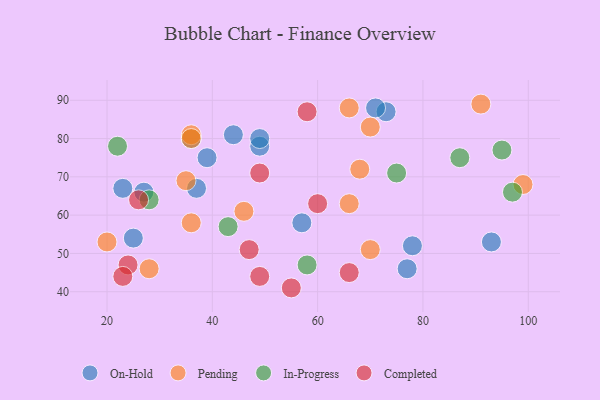
{"axis": {"x": "GDP", "y": "Life Expectancy"}, "legend": ["Completed", "In-Progress", "On-Hold", "Pending"], "data": [{"x": "23", "y": 67, "type": "On-Hold"}, {"x": "57", "y": 58, "type": "On-Hold"}, {"x": "73", "y": 87, "type": "On-Hold"}, {"x": "93", "y": 53, "type": "On-Hold"}, {"x": "39", "y": 75, "type": "On-Hold"}, {"x": "36", "y": 80, "type": "On-Hold"}, {"x": "78", "y": 52, "type": "On-Hold"}, {"x": "49", "y": 78, "type": "On-Hold"}, {"x": "27", "y": 66, "type": "On-Hold"}, {"x": "44", "y": 81, "type": "On-Hold"}, {"x": "37", "y": 67, "type": "On-Hold"}, {"x": "77", "y": 46, "type": "On-Hold"}, {"x": "25", "y": 54, "type": "On-Hold"}, {"x": "49", "y": 80, "type": "On-Hold"}, {"x": "71", "y": 88, "type": "On-Hold"}, {"x": "68", "y": 72, "type": "Pending"}, {"x": "99", "y": 68, "type": "Pending"}, {"x": "36", "y": 58, "type": "Pending"}, {"x": "66", "y": 63, "type": "Pending"}, {"x": "20", "y": 53, "type": "Pending"}, {"x": "36", "y": 81, "type": "Pending"}, {"x": "28", "y": 46, "type": "Pending"}, {"x": "70", "y": 83, "type": "Pending"}, {"x": "36", "y": 80, "type": "Pending"}, {"x": "66", "y": 88, "type": "Pending"}, {"x": "70", "y": 51, "type": "Pending"}, {"x": "46", "y": 61, "type": "Pending"}, {"x": "91", "y": 89, "type": "Pending"}, {"x": "35", "y": 69, "type": "Pending"}, {"x": "22", "y": 78, "type": "In-Progress"}, {"x": "87", "y": 75, "type": "In-Progress"}, {"x": "97", "y": 66, "type": "In-Progress"}, {"x": "95", "y": 77, "type": "In-Progress"}, {"x": "28", "y": 64, "type": "In-Progress"}, {"x": "58", "y": 47, "type": "In-Progress"}, {"x": "43", "y": 57, "type": "In-Progress"}, {"x": "75", "y": 71, "type": "In-Progress"}, {"x": "47", "y": 51, "type": "Completed"}, {"x": "24", "y": 47, "type": "Completed"}, {"x": "23", "y": 44, "type": "Completed"}, {"x": "58", "y": 87, "type": "Completed"}, {"x": "26", "y": 64, "type": "Completed"}, {"x": "49", "y": 44, "type": "Completed"}, {"x": "60", "y": 63, "type": "Completed"}, {"x": "55", "y": 41, "type": "Completed"}, {"x": "66", "y": 45, "type": "Completed"}, {"x": "49", "y": 71, "type": "Completed"}]}